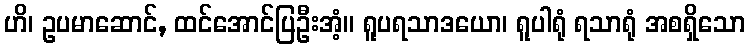
ဟိ၊ ဥပမာဆောင်, ထင်အောင်ပြဦးအံ့။ ရူပရသာဒယော၊ ရူပါရုံ ရသာရုံ အစရှိသော